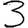
Digit: 3